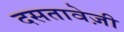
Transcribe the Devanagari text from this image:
दसतावेज़ी